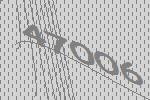
47006